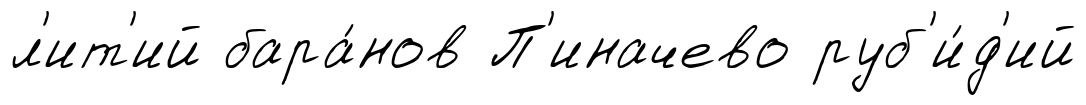
л'ит'ий бара́нов П'иначево руб'и́д'ий